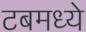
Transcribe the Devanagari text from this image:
टबमध्ये